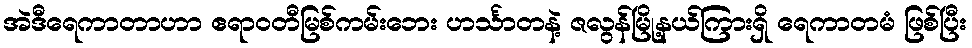
အဲဒီရေကာတာဟာ ဧရာဝတီမြစ်ကမ်းဘေး ဟင်္သာတနဲ့ ဇလွန်မြို့နယ်ကြားရှိ ရေကာတမံ ဖြစ်ပြီး